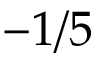
- 1 / 5